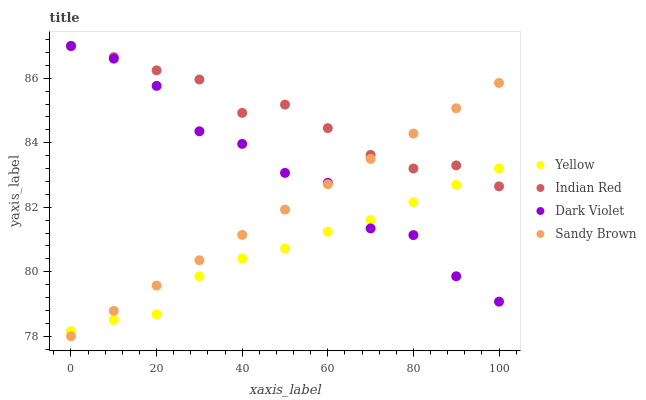
| xaxis_label | Yellow | Indian Red | Dark Violet | Sandy Brown |
 | --- | --- | --- | --- | --- |
 | 0 | 78.2 | 87 | 87 | 78 |
 | 10 | 78.5 | 86.7 | 86.6 | 78.8 |
 | 20 | 78.7 | 86.2 | 85.8 | 79.6 |
 | 30 | 79.9 | 86 | 84.4 | 80.4 |
 | 40 | 80.4 | 84.9 | 84 | 81.1 |
 | 50 | 80.7 | 85.2 | 83.1 | 81.9 |
 | 60 | 81.2 | 84.5 | 82.8 | 82.7 |
 | 70 | 81.6 | 83.6 | 81.3 | 83.5 |
 | 80 | 82.2 | 83.2 | 81.1 | 84.3 |
 | 90 | 82.7 | 83.3 | 79.9 | 85.1 |
 | 100 | 83.2 | 82.6 | 79.1 | 85.9 |